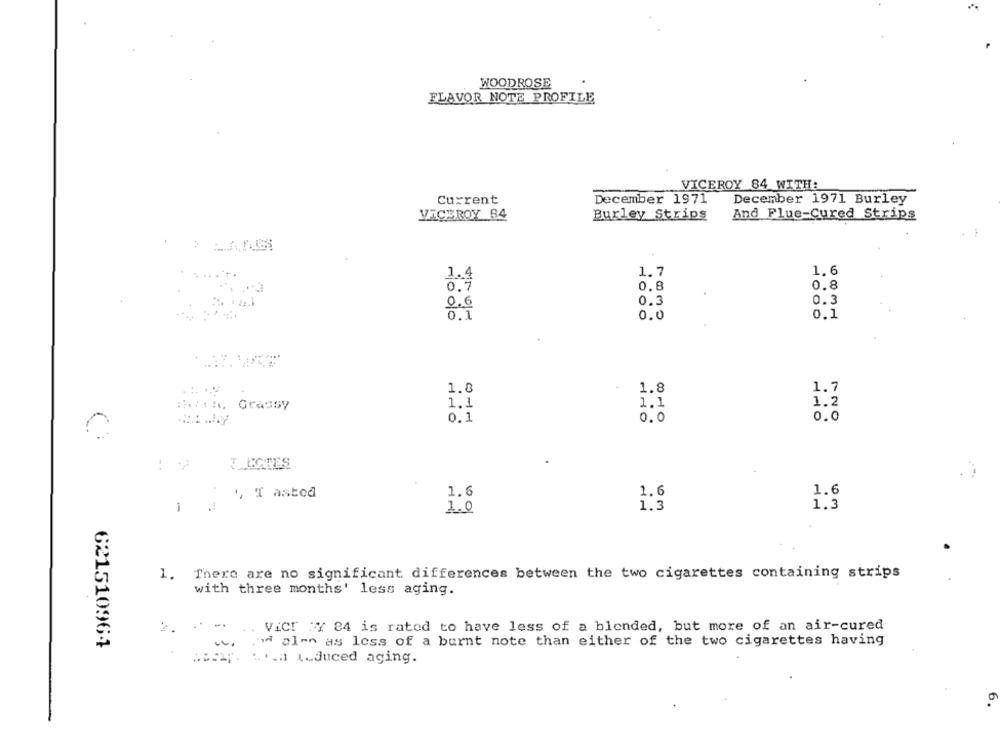
WOODROSE
FLAVOR NOTE PROFILE
VICEROY 84 WITH:
Current
December 1971
December 1971 Burley
VICEROY 84
Burley Strips
And Flue-Cured Strips
1.6
1.4
1.7
0.8
0.8
0.7
0.3
0.6
0.3
6.I
0.0
0.1
1.8
1.8
1.7
Hola !, Grassy
1.1
1.1
1.2
0.1
0.0
0.0
5 T asted
1.6
1.6
1.6
1.0
1.3
1.3
1. There are no significant differences between the two cigarettes containing strips
with three months' less aging.
2.
ViCr SY 84 is rated to have less of a blended, but more of an air-cured
621510964
and clon as less of a burnt note than either of the two cigarettes having
Hoe. ... .. duced aging.